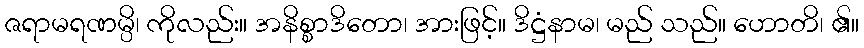
ဇရာမရဏမ္ပိ၊ ကိုလည်း။ အနိစ္စာဒိတော၊ အားဖြင့်။ ဒိဋ္ဌံနာမ၊ မည် သည်။ ဟောတိ၊ ၏။